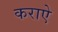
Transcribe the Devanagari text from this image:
कराऐ